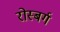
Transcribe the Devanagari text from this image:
रोस्बर्ग